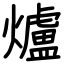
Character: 爐